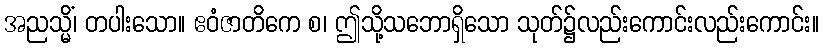
အညသ္မိံ၊ တပါးသော။ ဧဝံဇာတိကေ စ၊ ဤသို့သဘောရှိသော သုတ်၌လည်းကောင်းလည်းကောင်း။